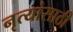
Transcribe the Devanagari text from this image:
नृत्यांसाठी